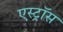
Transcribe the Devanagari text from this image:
एस्ट्रॉस